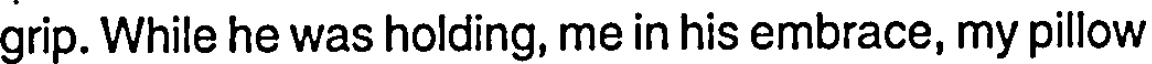
grip. While he was holding, me in his embrace, my pillow